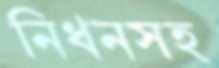
নিধনসহ